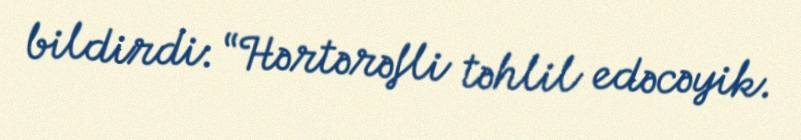
bildirdi: “Hərtərəfli təhlil edəcəyik.